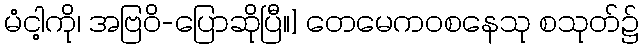
မံငါ့ကို၊ အဗြဝိ-ပြောဆိုပြီ။] တေမေကဝစနေသု စသုတ်၌